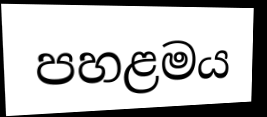
පහළමය